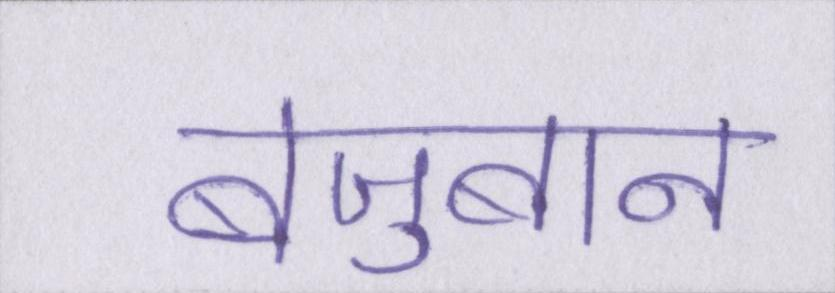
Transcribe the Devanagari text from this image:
बेज़ुबान